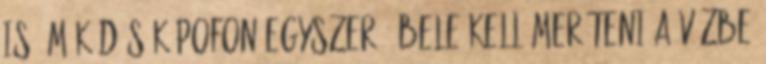
is. Működésük pofon egyszerű. Bele kell meríteni a vízbe